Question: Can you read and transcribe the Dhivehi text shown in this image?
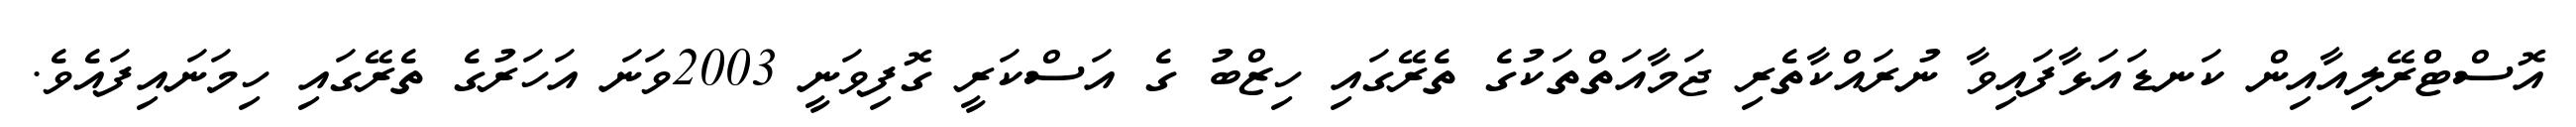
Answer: އޮސްޓްްރޭލިއާއިން ކަނޑައަޅާފައިވާ ނުރައްކާތެރި ޖަމާއަތްތަކުގެ ތެރޭގައި ހިޒްބު ގެ އަސްކަރީ ގޮފިވަނީ 2003ވަނަ އަހަރުގެ ތެރޭގައި ހިމަނައިފައެވެ.